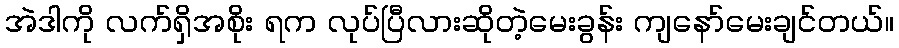
အဲဒါကို လက်ရှိအစိုး ရက လုပ်ပြီလားဆိုတဲ့မေးခွန်း ကျနော်မေးချင်တယ်။